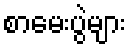
စာမေးပွဲများ